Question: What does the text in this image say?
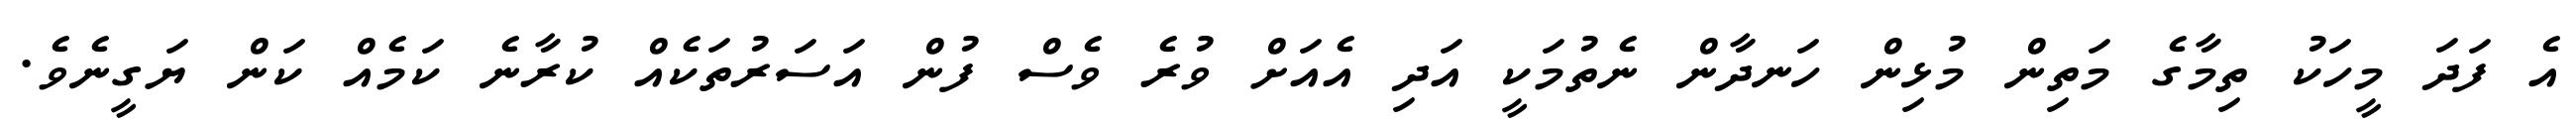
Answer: އެ ފަދަ މީހަކު ތިމާގެ މަތިން މުޅިން ހަނދާން ނެތުމަކީ އަދި އެއަށް ވުރެ ވެސް ފުން އަސަރުތަކެއް ކުރާނެ ކަމެއް ކަން ޔަގީނެވެ.